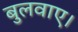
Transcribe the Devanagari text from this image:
बुलवाए।